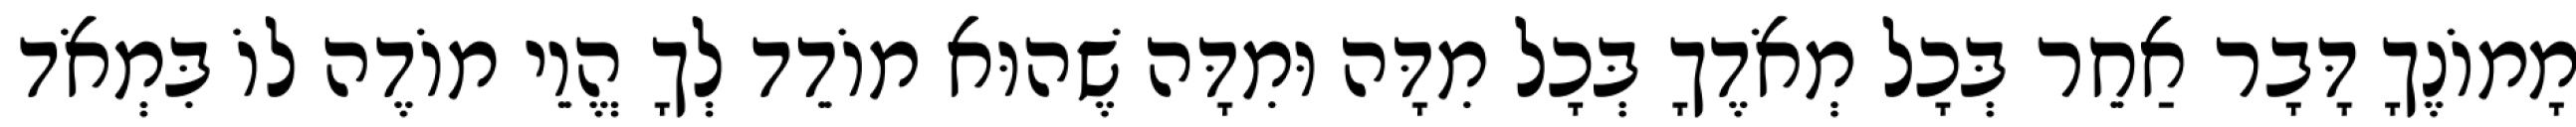
מָמוֹנֶךָ דָּבָר אַחֵר בְּכָל מְאֹדֶךָ בְּכָל מִדָּה וּמִדָּה שֶׁהוּא מוֹדֵד לְךָ הֱוֵי מוֹדֶה לוֹ בִּמְאֹד